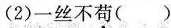
(2)一丝不苟( )